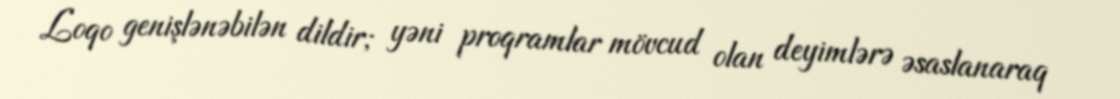
Loqo genişlənəbilən dildir; yəni proqramlar mövcud olan deyimlərə əsaslanaraq